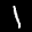
Label: 1